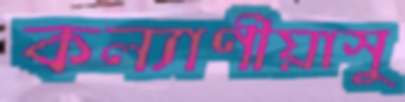
কল্যাণীয়াসু